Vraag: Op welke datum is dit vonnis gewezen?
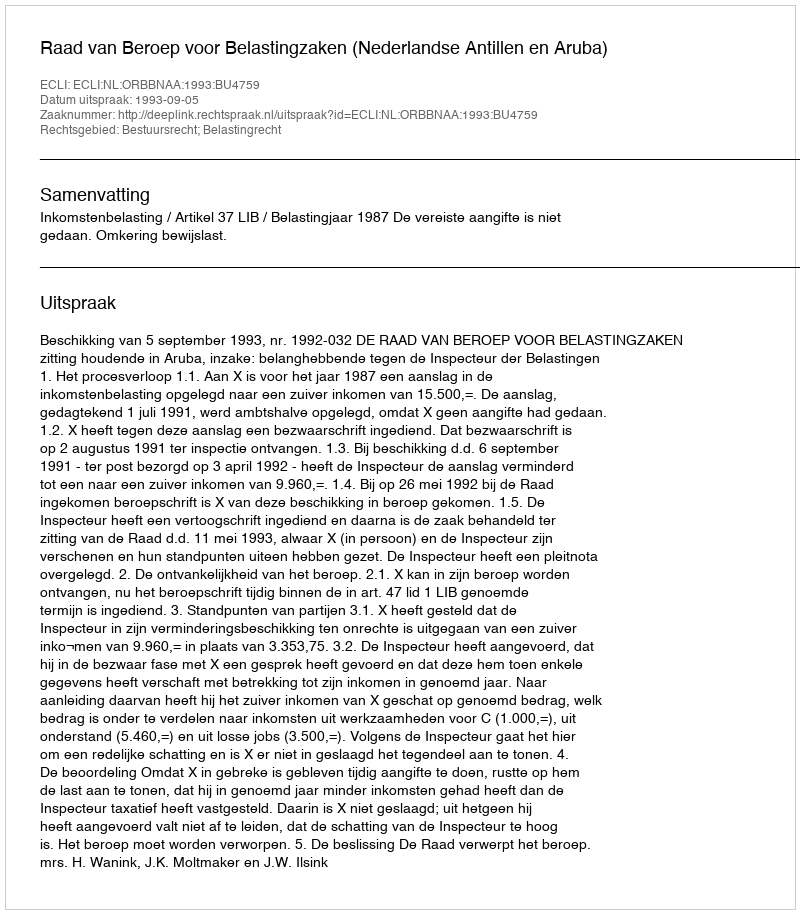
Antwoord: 1993-09-05